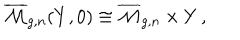
LaTeX: \overline { { { \mathcal { M } } } } _ { g , n } ( Y , 0 ) \cong \overline { { { \mathcal { M } } } } _ { g , n } \times Y \, ,